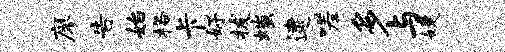
廖告始格卡好拔嗤逮嗟多与婕